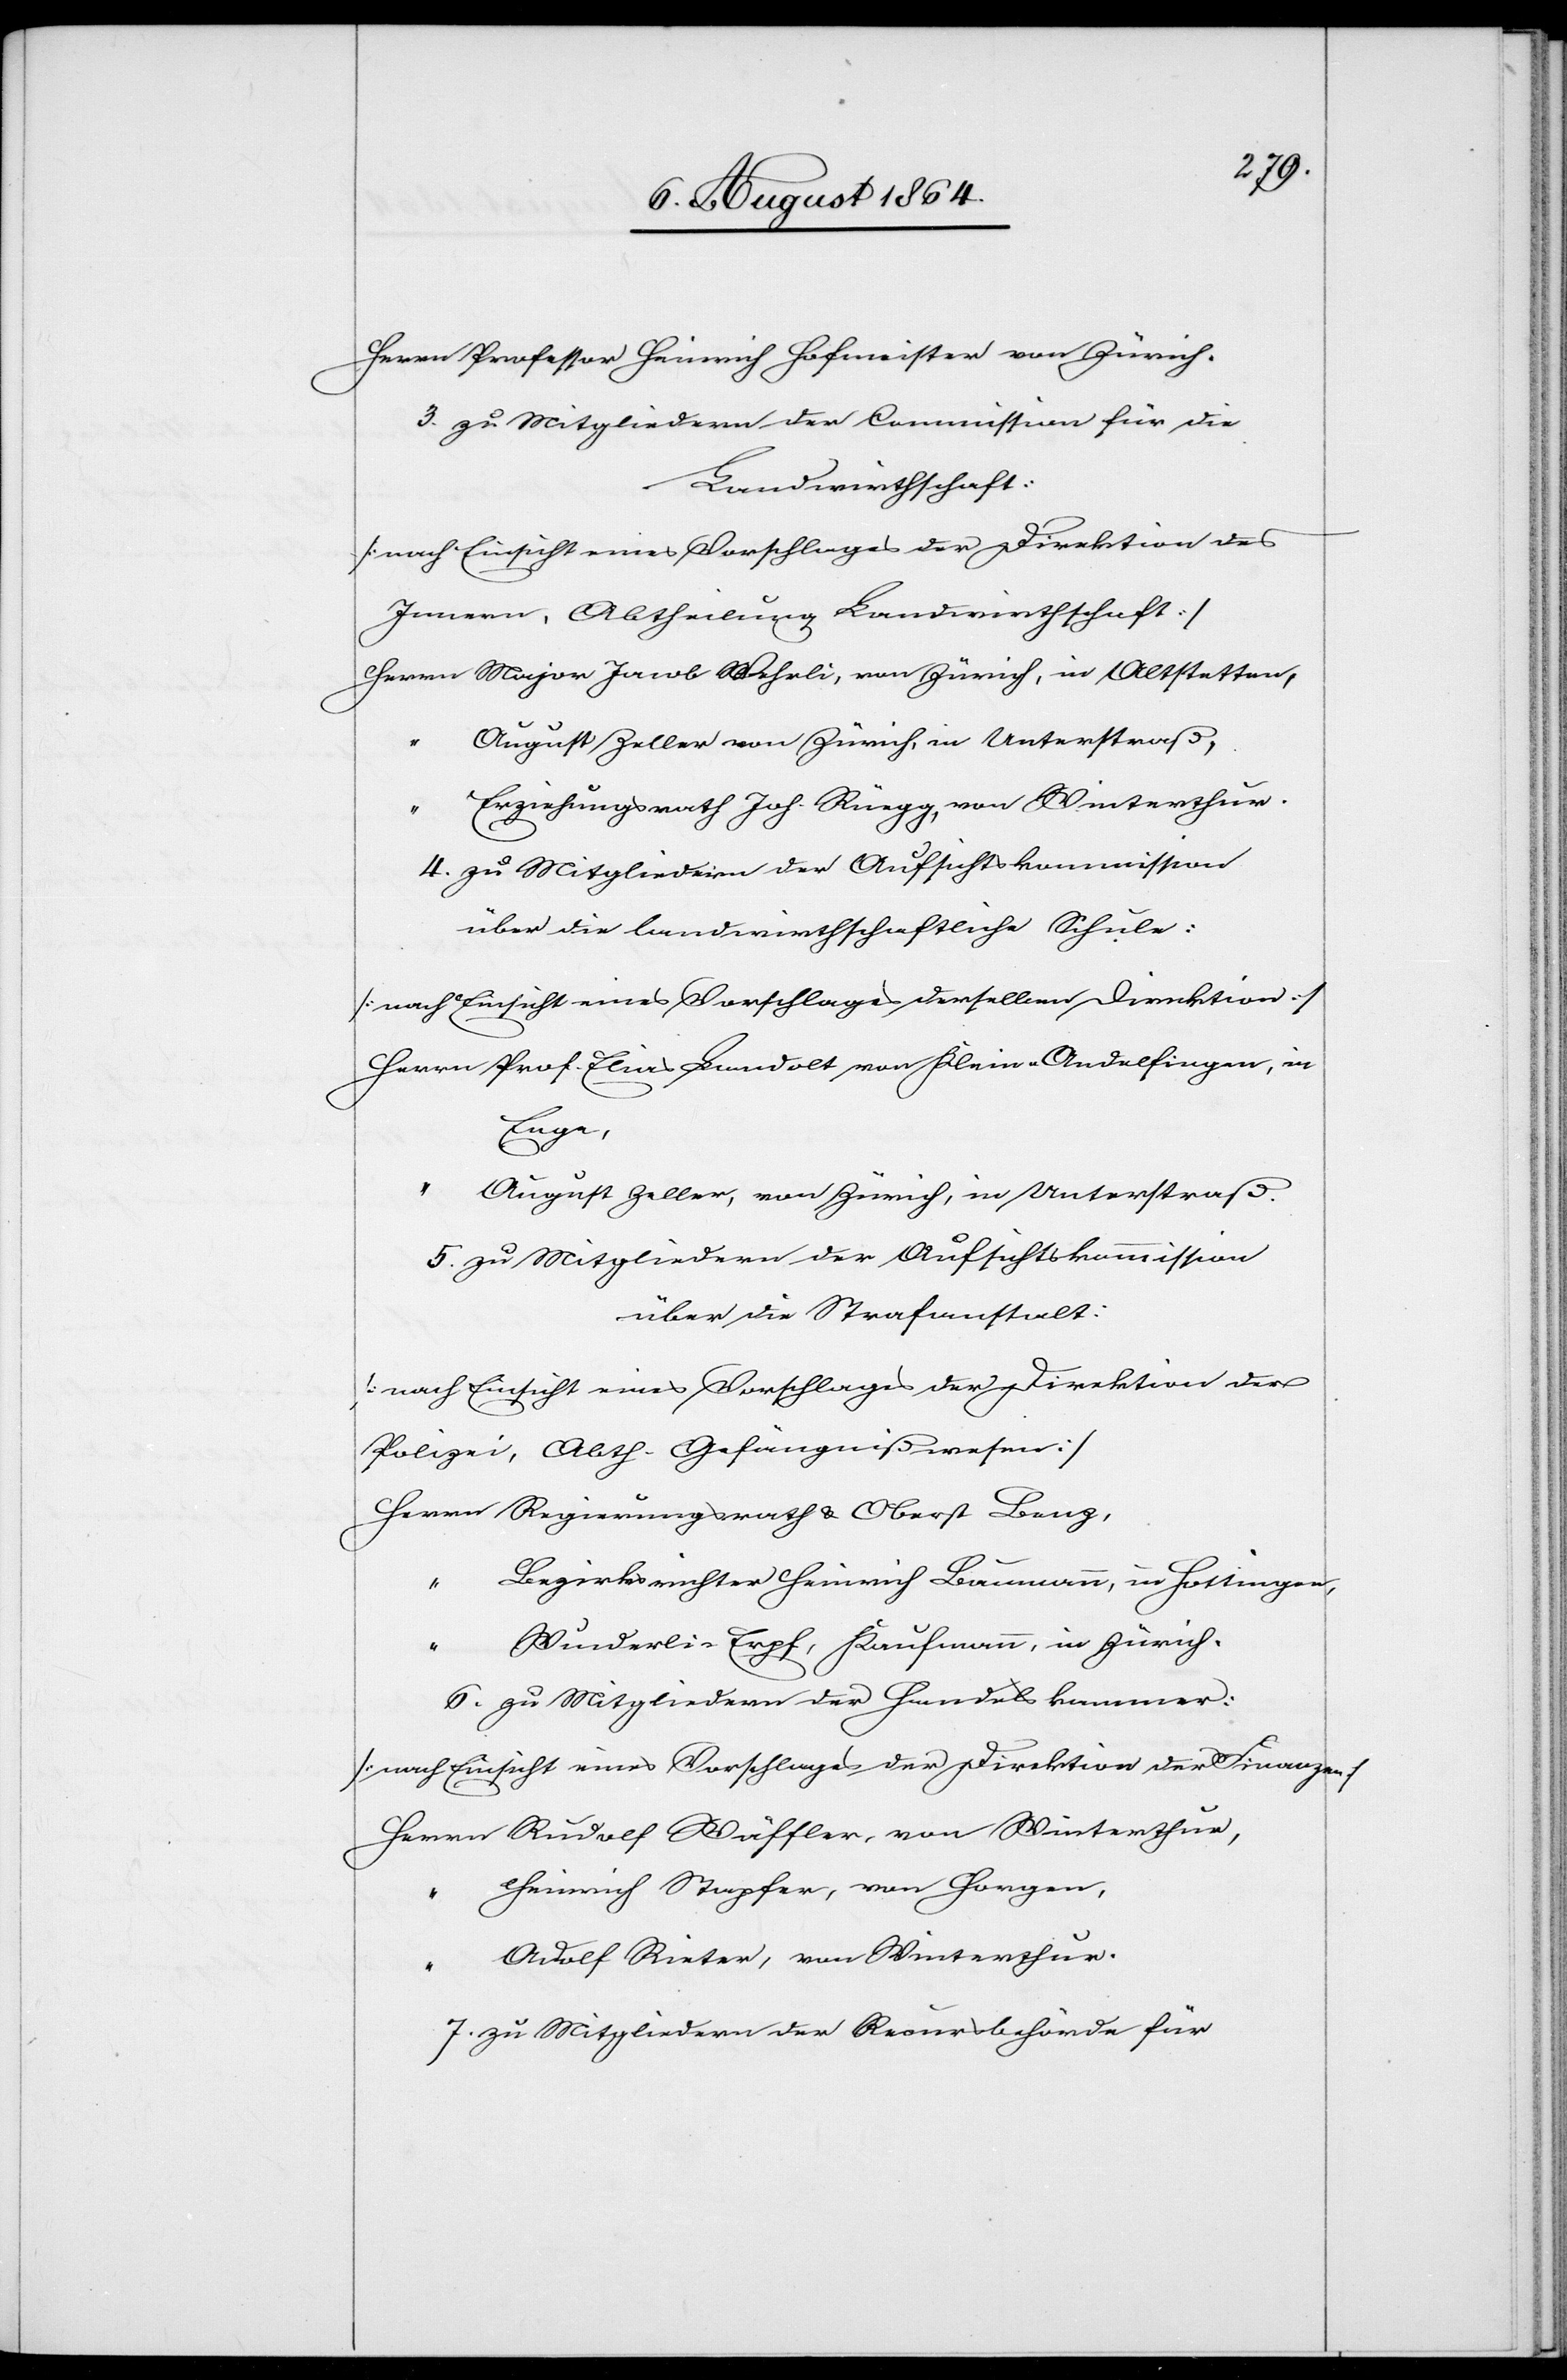
Herrn Professor Heinrich Hofmeister von Zürich.
3. Zu Mitgliedern der Commission für die
Landwirthschaft:
[nach Einsicht eines Vorschlages der Direktion des
Innern, Abtheilung Landwirthschaft]
Herrn Major Jacob Wehrli, von Zürich, in Altstetten,
August Zeller von Zürich, in Unterstraß,
Erziehungsrath Joh. Rüegg, von Winterthur.
4. Zu Mitgliedern der Aufsichtskommission
über die landwirthschaftliche Schule:
[nach Einsicht eines Vorschlages derselben Direktion]
Herrn Prof. Elias Landolt von Klein-Andelfingen, in
Enge,
“ August Zeller, von Zürich, in Unterstraß.
5. Zu Mitgliedern der Aufsichtskommission
über die Strafanstalt:
[nach Einsicht eines Vorschlages der Direktion der
Polizei, Abth. Gefängnißwesen]
Herrn Regierungsrath & Oberst Benz,
Bezirksrichter Heinrich Baumann, in Hottingen,
“
Wunderli-Erpf, Kaufmann, in Zürich.
6. Zu Mitgliedern der Handelskammer:
[nach Einsicht eines Vorschlages der Direktion der Finanzen]
Herrn Rudolf Wäffler, von Winterthur,
Heinrich Stapfer, von Horgen,
Adolf Rieter, von Winterthur.
7. Zu Mitgliedern der Recursbehörde für